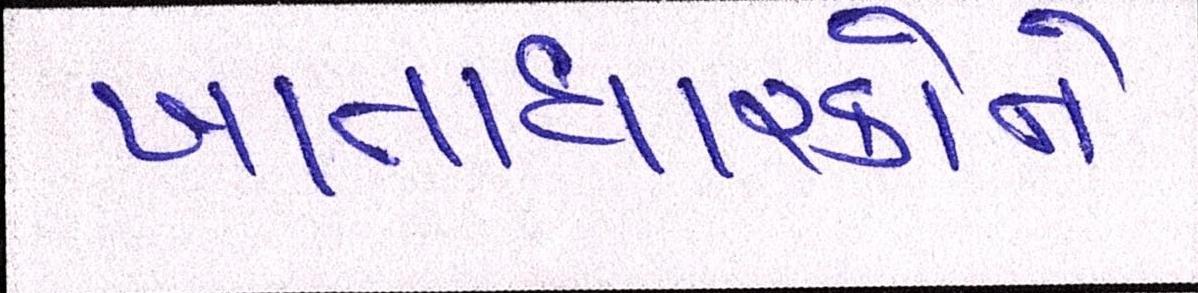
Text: ખાતાધારકોને